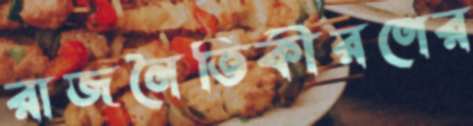
রাজনৈতিকীরণের